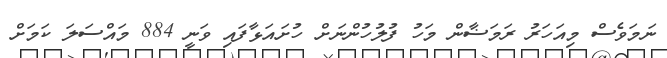
ނަމަވެސް މިއަހަރު ރަމަޟާން މަހު ފުލުހުންނަށް ހުށައަޅާފައި ވަނީ 884 މައްސަލަ ކަމަށް